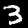
Label: 3